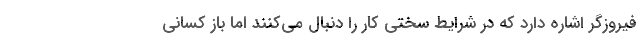
فیروزگر اشاره دارد که در شرایط سختی کار را دنبال می‌کنند اما باز کسانی